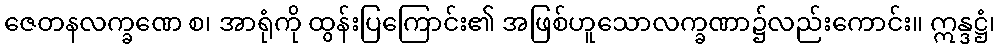
ဇေတနလက္ခဏေ စ၊ အာရုံကို ထွန်းပြကြောင်း၏ အဖြစ်ဟူသောလက္ခဏာ၌လည်းကောင်း။ ဣန္ဒဋ္ဌံ၊